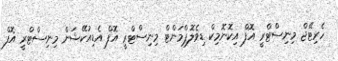
ހެރިޓޭޖް މިނިސްޓްރީ އޮފް އިކޮނޮމިކް ޑިވެލޮޕްމަންޓް މިނިސްޓްރީ އޮފް އެޑިއުކޭޝަން މިނިސްޓްރީ އޮފް